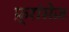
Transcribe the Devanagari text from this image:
फ़्रांसेज़